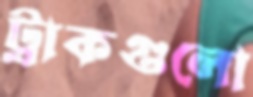
ট্রাকগুলো